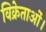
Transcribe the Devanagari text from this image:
विक्रेताओं।